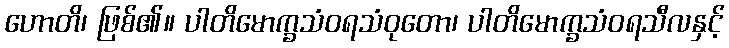
ဟောတိ၊ ဖြစ်၏။ ပါတိမောက္ခသံဝရသံဝုတော၊ ပါတိမောက္ခသံဝရသီလနှင့်